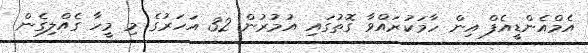
އެމްއެންޑީއެފް އިން ހާމަކުރައްވާ ގޮތުގައި އުމުރުން 32 އަހަރުގެ މި މީހާ ގެއްލިގެން